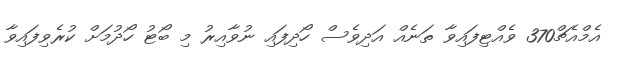
އެމްއެޗް370 ވެއްޓިފައިވާ ތަނެއް އަދިވެސް ހޯދިފައި ނުވާއިރު މި ބޯޓު ހޯދުމަށް ކުރެވިފައިވާ